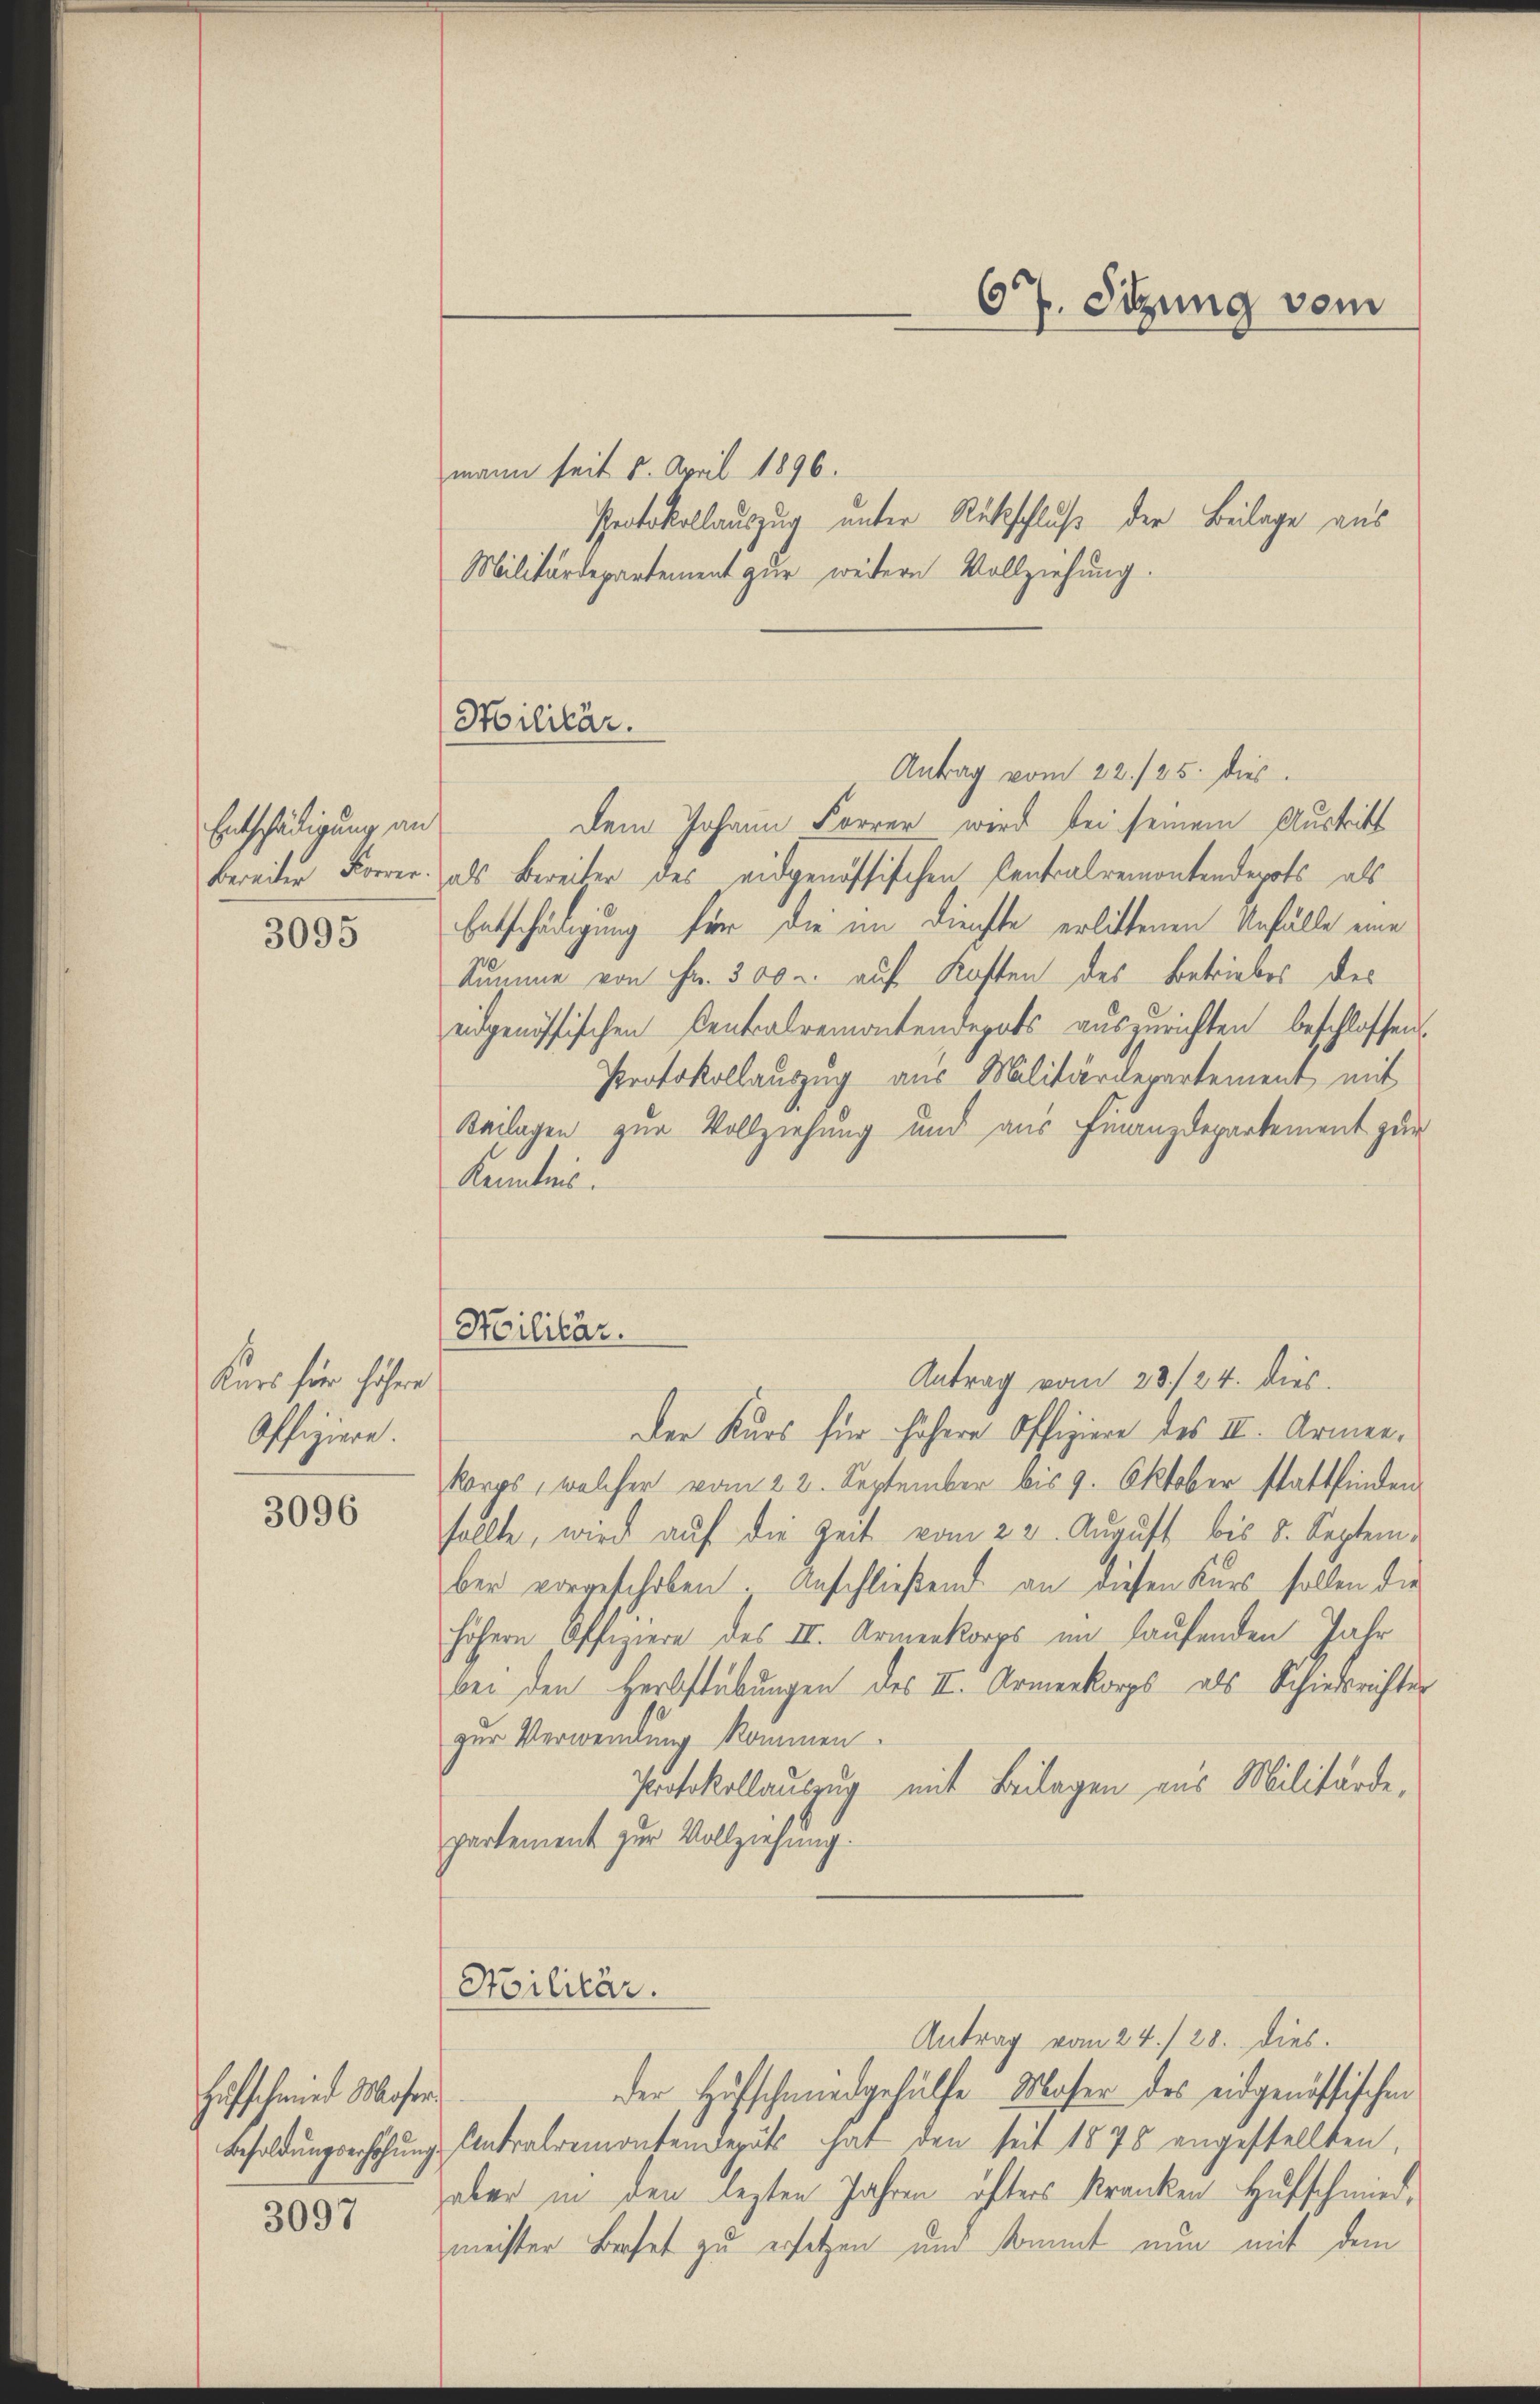
Entschädigung an
3095

Kurs für höher
Offiziere.

3096

Hufschmied Moser
3097

67. Sitzung vom

Militär.

mann seit 5. April 1896.
Protokollauszug unter Rückschluß der Beilage aus
Militärdepartement zur weitern Vollziehung.
Antrag vom 22./25. dies
dem Johann Forrer wird bei seinem Austritt
bereiter Forrer als Bereiter des eidgenössischen Centralremontendepots als
Entschädigung für die im Dienste erlittenen Unfälle eine
Summe von Fr. 300 u. auf Kosten des Betriebes des
eidgenössischen Centralremontendepots auszurichten beschlossen
Protokollauszug aus Militärdepartement mit
Beilagen zur Vollziehung und aus Finanzdepartement zur
Kenntnis.
Antrag vom 28./24. dies
Der Kurs für höhere Offiziere des III. Armenkorps, welcher vom 22. September bis 9. Oktober stattfinden
sollte, wird aŭf die Zeit vom 23. August bis 5. September vorgeschoben. Anschließend an diesen Kurs sollen die
höhern Offiziere des II. Armenkorps im laufenden Jahr
bei den Herbstübungen des II. Armenkorps als Schiedsrichter
zur Verwendung kommen.
Protokollauszug mit Beilagen aus Militärde-
partement zur Vollziehung.
Stilitär.
Antrag vom 24./28. dies
der Hufschmiedgehülfe Maser des eidgenössischen
Besoldŭngserhöhŭng Antralremontendepart hat den seit 1875 angestellten,
aber in den lezten Jahren öfters kranken Hufschmiedmeister Beset zu ersetzen und kommt nun mit dem

Hilitär.